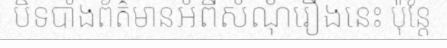
បិទបាំងព័ត៌មានអំពីសំណុំរឿងនេះ ប៉ុន្តែ